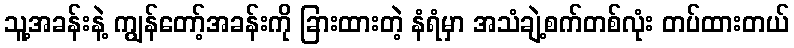
သူ့အခန်းနဲ့ ကျွန်တော့်အခန်းကို ခြားထားတဲ့ နံရံမှာ အသံချဲ့စက်တစ်လုံး တပ်ထားတယ်